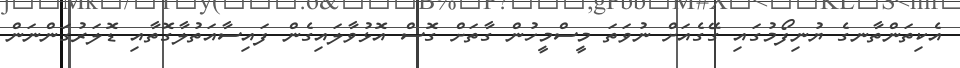
އެކިތަންތާނގެ ޔުނިފޯމުގައި ގޭގެއަށް ނުވަތަ މީސްމީހުން ގާތަށް ގޮސް އޮޅުވާލައިގެން ފައިސާއަތުލާގޮތާއި ޑޮލަރުގަންނަން